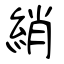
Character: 綃